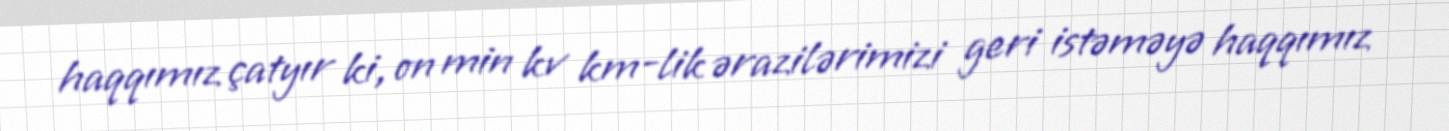
haqqımız çatyır ki, on min kv km-lik ərazilərimizi geri istəməyə haqqımız